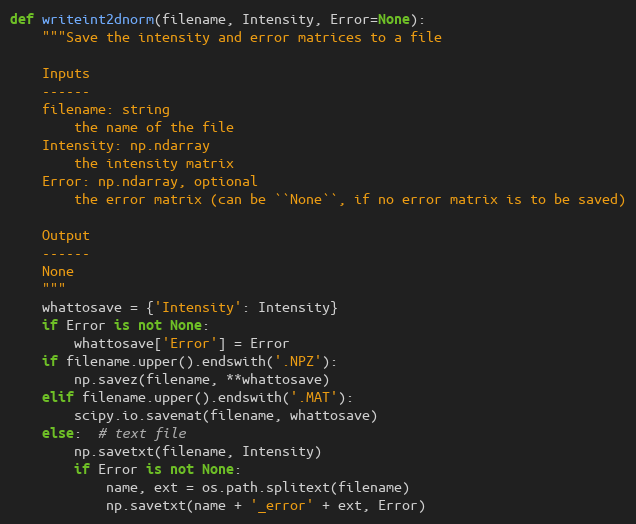
Language: Python
def writeint2dnorm(filename, Intensity, Error=None):
    """Save the intensity and error matrices to a file

    Inputs
    ------
    filename: string
        the name of the file
    Intensity: np.ndarray
        the intensity matrix
    Error: np.ndarray, optional
        the error matrix (can be ``None``, if no error matrix is to be saved)

    Output
    ------
    None
    """
    whattosave = {'Intensity': Intensity}
    if Error is not None:
        whattosave['Error'] = Error
    if filename.upper().endswith('.NPZ'):
        np.savez(filename, **whattosave)
    elif filename.upper().endswith('.MAT'):
        scipy.io.savemat(filename, whattosave)
    else:  # text file
        np.savetxt(filename, Intensity)
        if Error is not None:
            name, ext = os.path.splitext(filename)
            np.savetxt(name + '_error' + ext, Error)